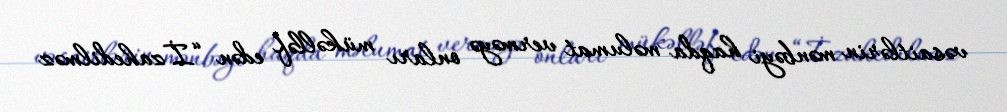
vəsaitlərin mənbəyi haqda məlumat verməyə onları mükəlləf edən “İzahedilməz